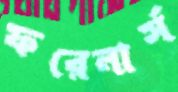
ফরেনার্স